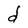
Character: d